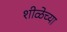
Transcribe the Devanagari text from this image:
शीळेच्या